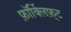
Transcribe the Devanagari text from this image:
फ़ॉर्क्लिफ़्ट